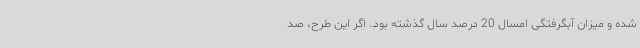
شده و میزان آبگرفتگی امسال 20 درصد سال گذشته بود. اگر این طرح، صد